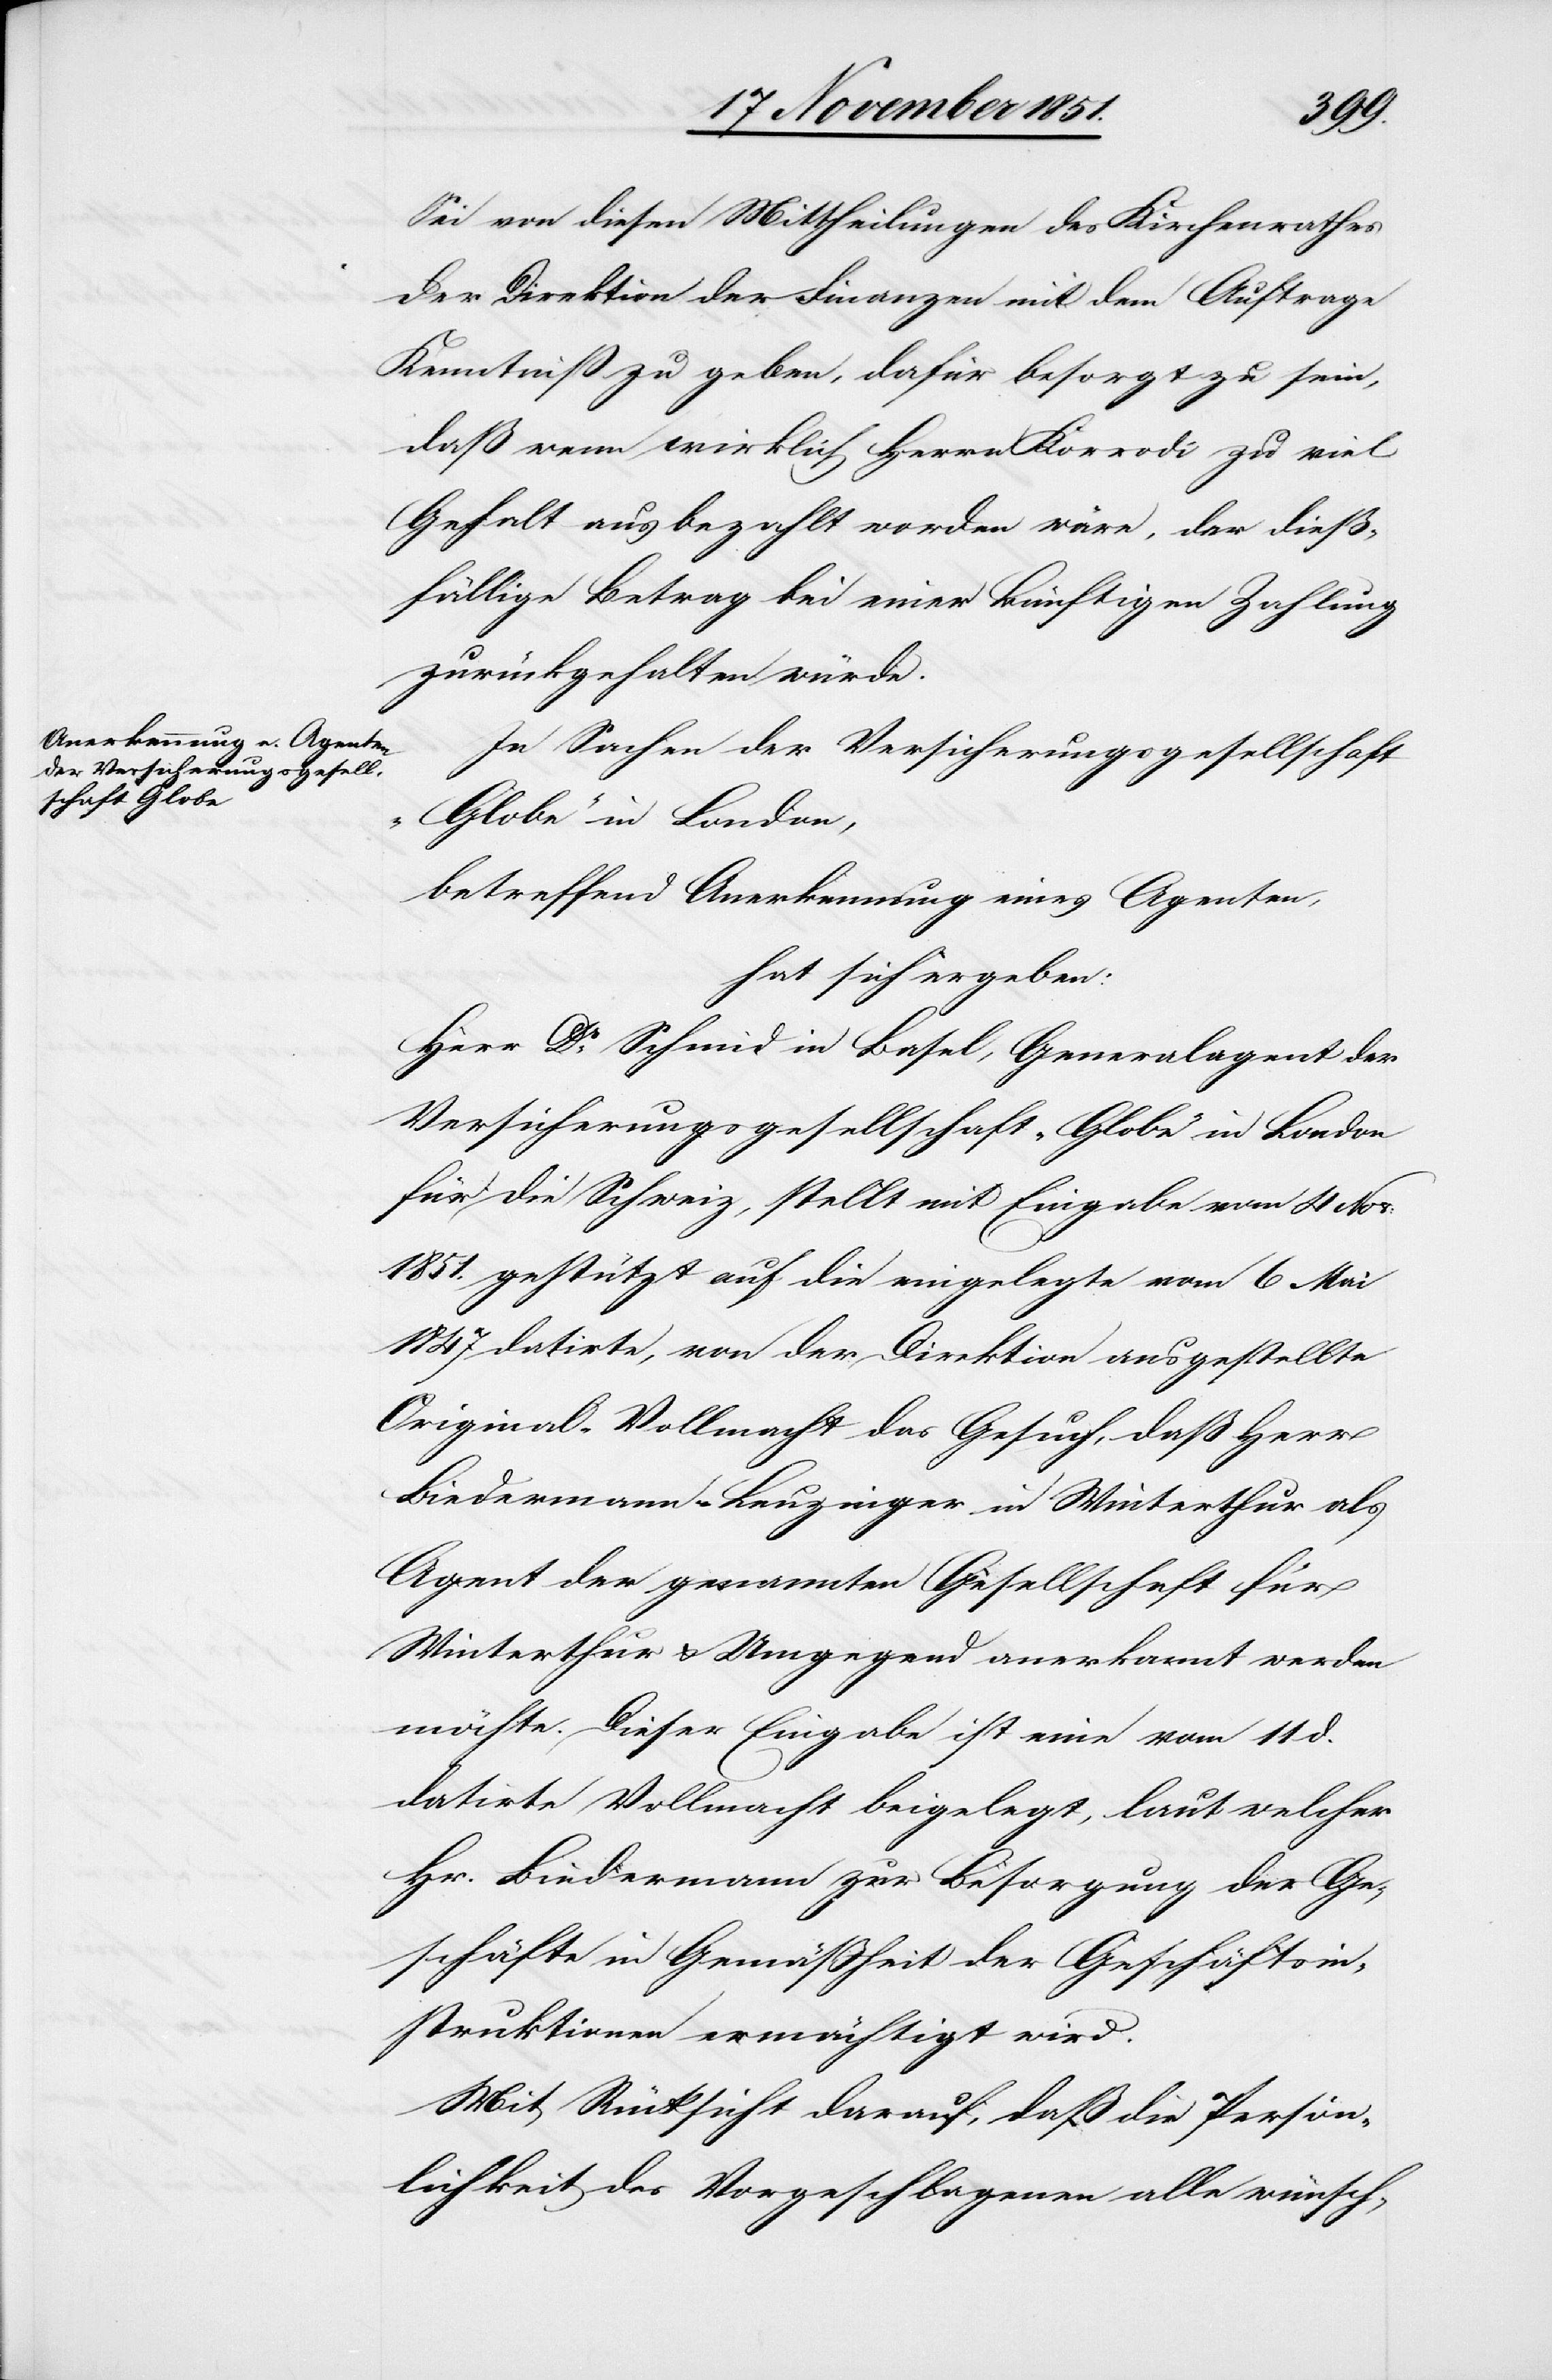
Sei von diesen Mittheilungen des Kirchenrathes
der Direktion der Finanzen mit dem Auftrage
Kenntniß zu geben, dafür besorgt zu sein,
daß wenn wirklich Herrn Korrodi zu viel
Gehalt ausbezahlt worden wäre, der dieß¬
fällige Betrag bei einer künftigen Zahlung
zurückgehalten würde.
In Sachen der Versicherungsgesellschaft
„Globe“ in London,
betreffend Anerkennung eines Agenten,
hat sich ergeben:
Herr Dr. Schmid in Basel, Generalagent der
Versicherungsgesellschaft „Globe“ in London
für die Schweiz, stellt mit Eingabe vom 4 Nov:
1851. gestützt auf die eingelegte vom 6 Mai
1847 datirte, von der Direktion ausgestellte
Original-Vollmacht das Gesuch, daß Herr
Biedermann-Leuzinger in Winterthur als
Agent der genannten Gesellschaft für
Winterthur & Umgegend anerkannt werden
möchte. Dieser Eingabe ist eine vom 11 d.
datirte Vollmacht beigelegt, laut welcher
Hr. Biedermann zur Besorgung der Ge¬
schäfte in Gemäßheit der Geschäftsin¬
struktionen ermächtigt wird.
Mit Rücksicht darauf, daß die Persön¬
lichkeit des Vorgeschlagenen alle wünsch-